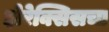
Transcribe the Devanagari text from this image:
झेरेक्सिसचा